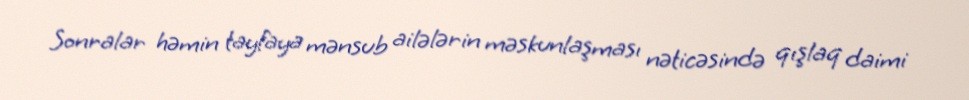
Sonralar həmin tayfaya mənsub ailələrin məskunlaşması nəticəsində qışlaq daimi